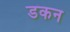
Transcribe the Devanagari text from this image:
डकन